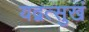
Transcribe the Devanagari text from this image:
यद्वत्सुखं